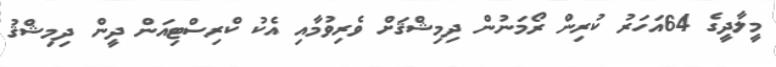
މީލާދީގެ 64އަހަރު ކުރިން ރޯމަނުން ދިމިޝްޤަށް ވެރިވުމާއި އެކު ކްރިސްޓިއަން ދީން ދިމިޝްޤު